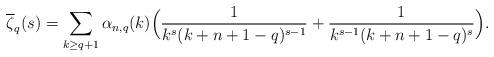
LaTeX: \begin{align*}\overline{\zeta}_q(s)=\sum_{k\geq q+1}\alpha_{n,q}(k)\Bigl(\frac{1}{k^s(k+n+1-q)^{s-1}}+\frac{1}{k^{s-1}(k+n+1-q)^{s}} \Bigr).\end{align*}